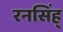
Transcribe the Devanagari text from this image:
रनसिंह्